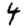
Digit: 4